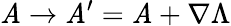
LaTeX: \mathit{A}\to\mathit{A}^{\prime}=\mathit{A}+\nabla\Lambda